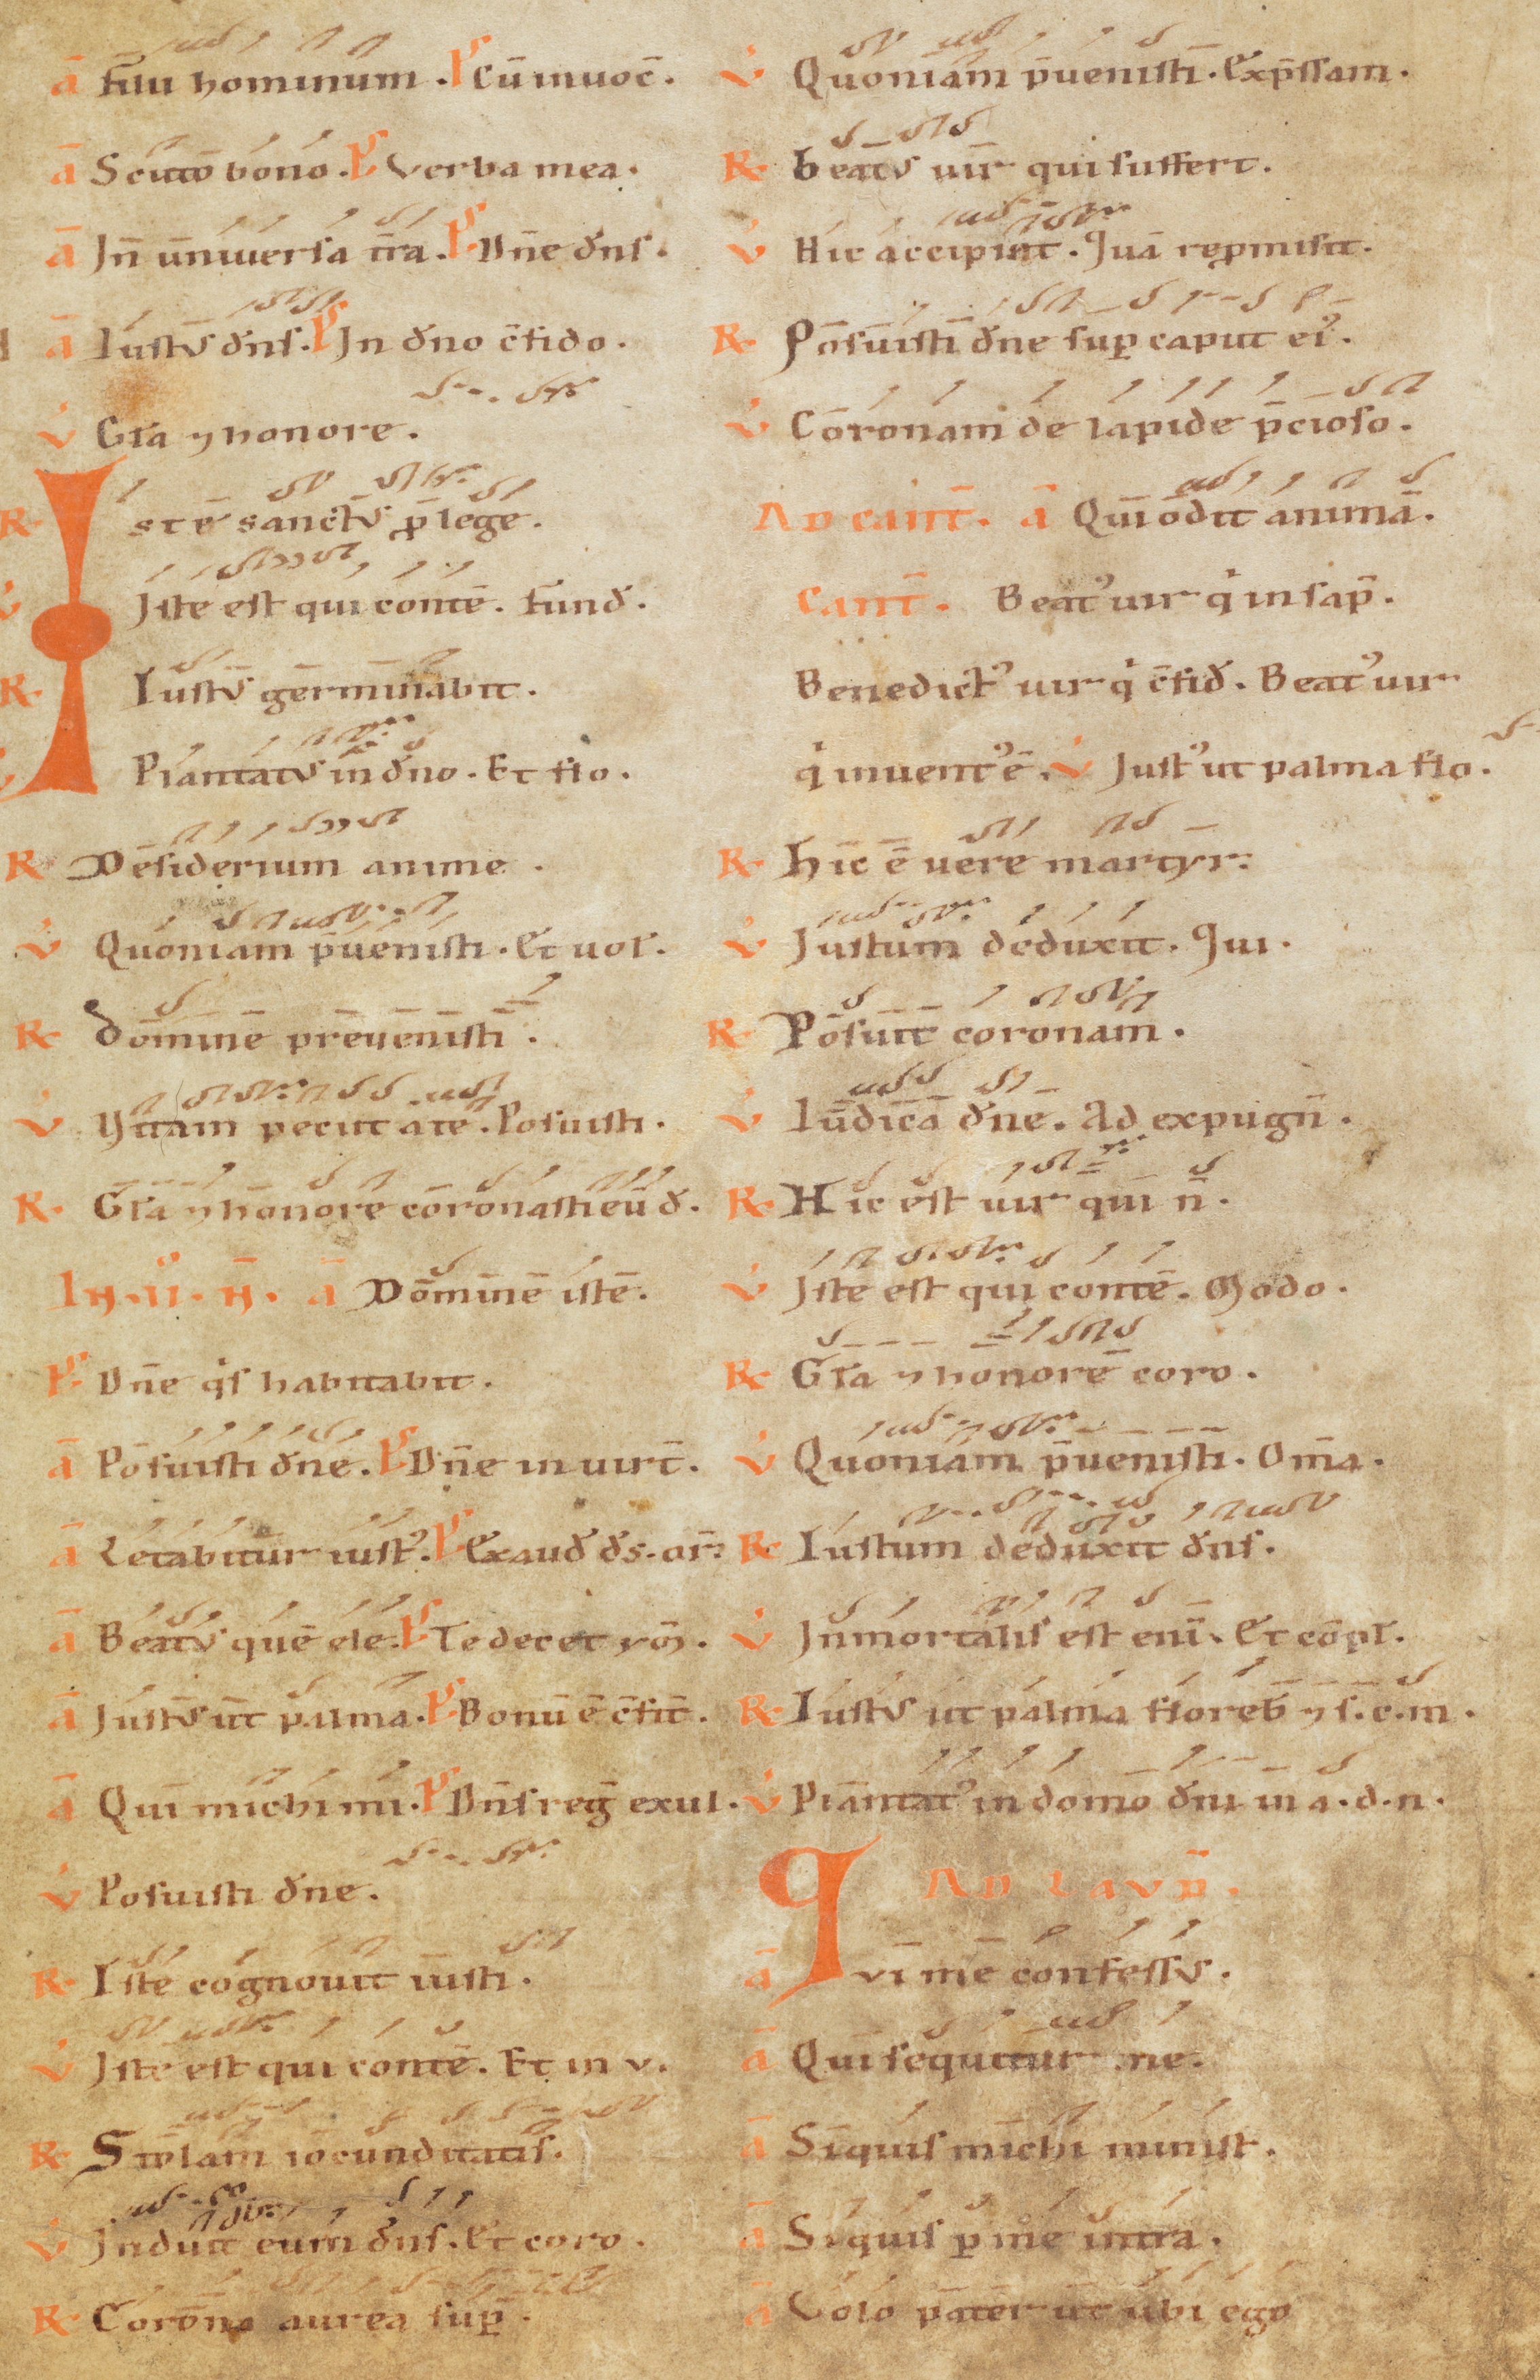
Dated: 1100–1199